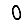
Digit: 0